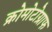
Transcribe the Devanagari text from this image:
क्रोमोटोग्राफ